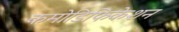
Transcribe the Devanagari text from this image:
कमोडिफिकेशन